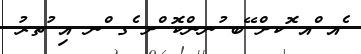
ެއ ްއ ޮކށް ޭބ ުނންކޮ ްށ ެގ ްނ އި ުތރު